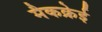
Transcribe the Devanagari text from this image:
मैकक्रेई